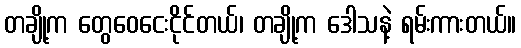
တချို့က တွေဝေငေးငိုင်တယ်၊ တချို့က ဒေါသနဲ့ ရမ်းကားတယ်။